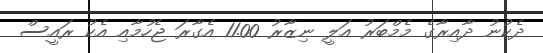
ދެކުނު ދާއިރާގެ މެމްބަރު އަލީ ނިޒާރު 11.00 އެގާރަ ޖެހުމާއި އެކު ރައީސް